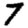
Digit: 7